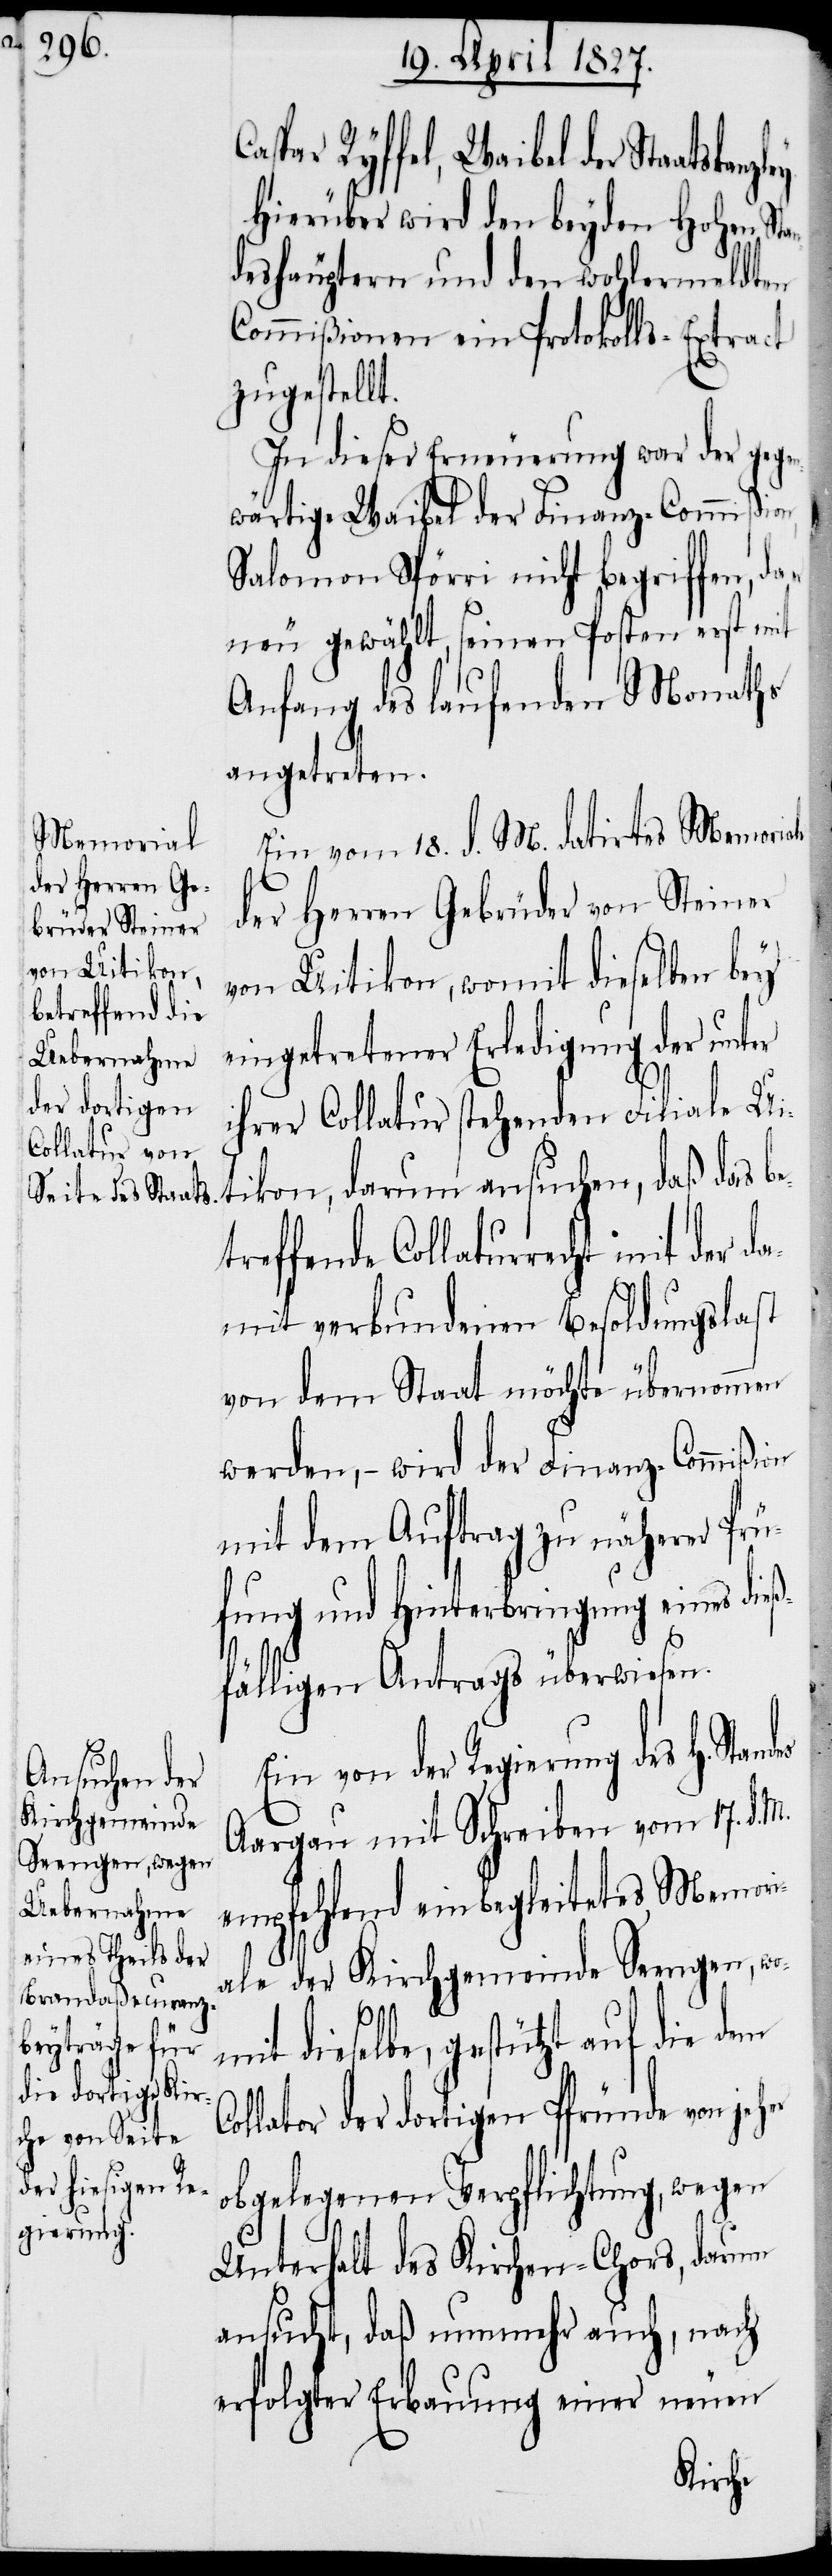
betreffende

Caspar Ryffel, Waibel der Staatskanz¬
Hierüber wird den beyden Hohen St¬
deshäuptern und den wohlermeldten
Commißionen ein Protokolls-Extract
zugestellt.
In dieser Erneuerung war der gege¬
nwärtige Waibel der Finanz-Commißion,
Salomon Spörri nicht begriffen, da
neu gewählt, seinen Posten erst mit
Anfang des laufenden Monaths
angetreten.
Ein vom 18. d. M. datirtes Memoriale
der Herren Gebrüder von Steiner
von Uitikon, womit dieselben bey
eingetretener Erledigung der unter
ihrer Collatur stehenden Filiale Ui¬
tikon, darum ansuchen, daß das
damit verbundenen Besoldungslast
von dem Staat möchte übernommen
werden, – wird der Finanz-Commißion
mit dem Auftrag zu näherer Prü¬
fung und Hinterbringung eines dieß¬
fälligen Antrags überwiesen.
Ein von der Regierung des H. Stan¬
Aargau mit Schreiben vom 17. d. M.
empfehlend einbegleitetes Memori¬
ale der Kirchgemeinde Seengen, wo¬
des
mit dieselbe, gestützt auf die dem
Collator der dortigen Pfründe von jeher
obgelegenen Verpflichtung, wegen
Unterhalt des Kirchen-Chors, darum
ansucht, daß nunmehr auch, nach
erfolgter Erbauung einer neuen